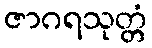
ဇာဂရသုတ္တံ